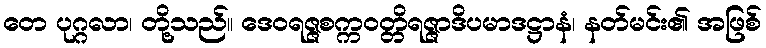
တေ ပုဂ္ဂလာ၊ တို့သည်။ ဒေဝရဇ္ဇစက္ကဝတ္တိရဇ္ဇာဒိပမာဒဋ္ဌာနံ၊ နတ်မင်း၏ အဖြစ်